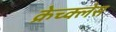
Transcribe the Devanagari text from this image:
क्रेच्क्लेस